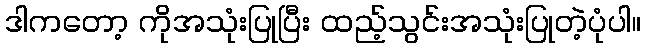
ဒါကတော့ ကိုအသုံးပြုပြီး ထည့်သွင်းအသုံးပြုတဲ့ပုံပါ။